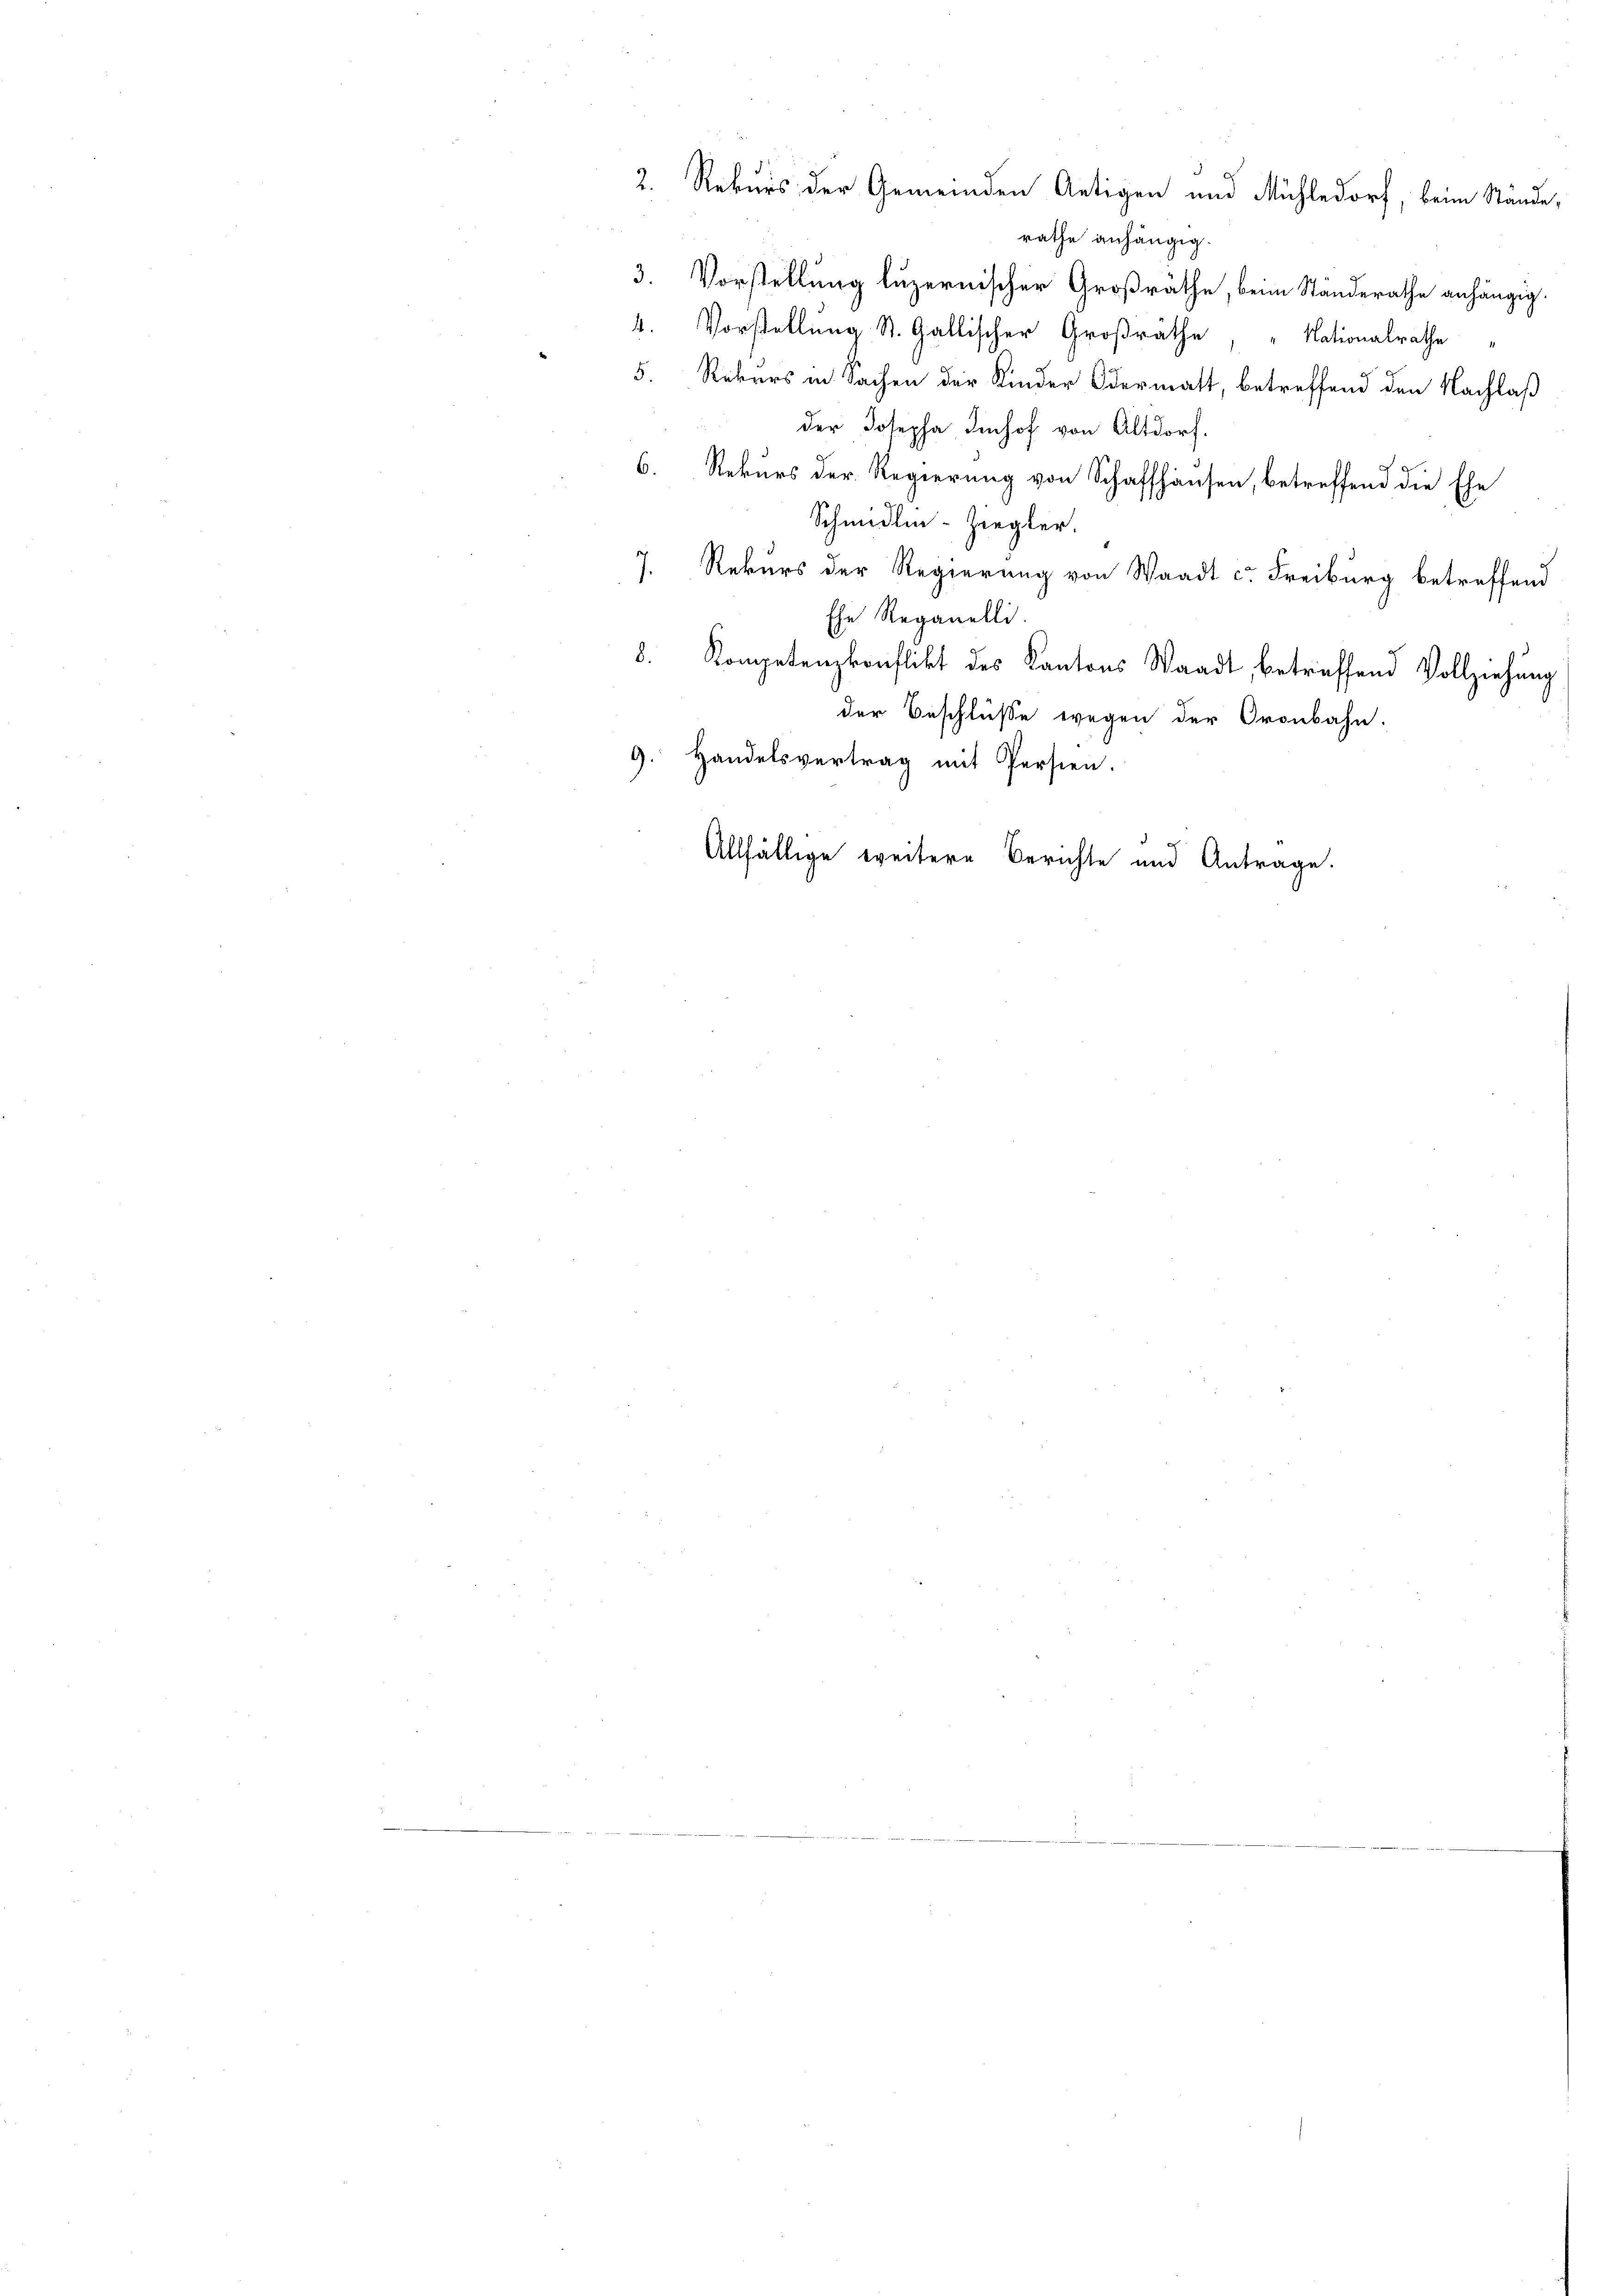
2. Rekurs der Gemeinden Artigen und Mühledorf, beim Stände,
rathe anhängig.
3. Vorstellung luzernischer Großräthe, beim Ständerathe anhängig.
4. Vorstellung St. Gallischer Großräthe, „Nationalrathe
5. Rekurs in Sachen der Kinder Odermatt, betreffend den Nachlaß
der Josepha Imhof von Altdorf.
6. Rekurs der Regierung von Schaffhausen, betreffend die Ehe
Schmidlin-Ziegler.
7. Rekurs der Regierung von Waadt c. Freiburg betreffend
Ehe Reganelli.
8. Kompetenzkonflikt des Kantons Waadt, betreffend Vollziehung
der Beschlüsse wegen der Oronbahn.
9. Handelsvertrag mit Persien.
Allfällige weitere Berichte und Antrage.